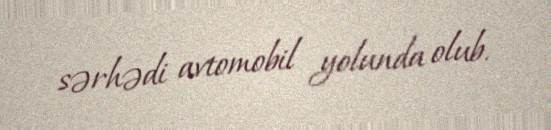
sərhədi avtomobil yolunda olub.